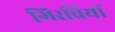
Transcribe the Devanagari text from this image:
गिरवियों